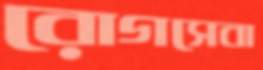
রোগসেবা